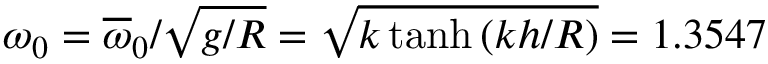
\omega _ { 0 } = \overline { { \omega } } _ { 0 } / \sqrt { g / R } = \sqrt { k \operatorname { t a n h } { \left( k h / R \right) } } = 1 . 3 5 4 7